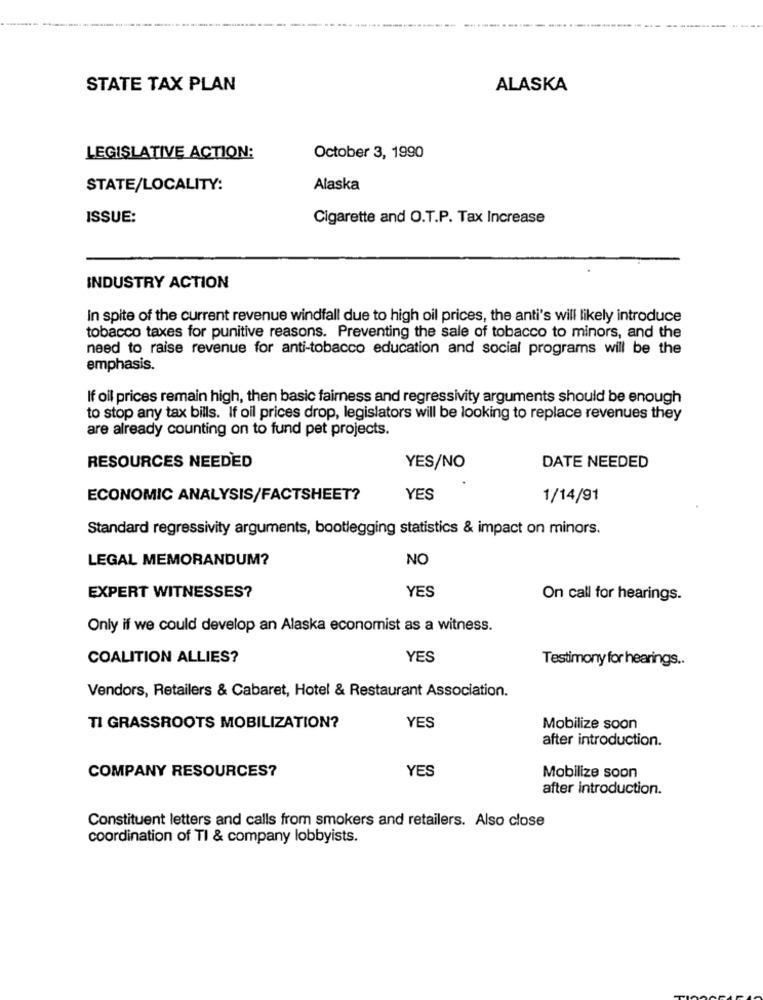
--
--
STATE TAX PLAN
ALASKA
LEGISLATIVE ACTION:
October 3, 1990
STATE/LOCALITY:
Alaska
ISSUE:
Cigarette and O.T.P. Tax Increase
INDUSTRY ACTION
In spite of the current revenue windfall due to high oil prices, the anti's will likely introduce
tobacco taxes for punitive reasons. Preventing the sale of tobacco to minors, and the
need to raise revenue for anti-tobacco education and social programs will be the
emphasis.
If oil prices remain high, then basic fairness and regressivity arguments should be enough
to stop any tax bills. If oil prices drop, legislators will be looking to replace revenues they
are already counting on to fund pet projects.
RESOURCES NEEDED
YES/NO
DATE NEEDED
ECONOMIC ANALYSIS/FACTSHEET?
YES
1/14/91
Standard regressivity arguments, bootlegging statistics & impact on minors.
LEGAL MEMORANDUM?
NO
EXPERT WITNESSES?
YES
On call for hearings.
Only if we could develop an Alaska economist as a witness.
COALITION ALLIES?
YES
Testimony for hearings ..
Vendors, Retailers & Cabaret, Hotel & Restaurant Association.
TI GRASSROOTS MOBILIZATION?
YES
Mobilize soon
after introduction.
COMPANY RESOURCES?
YES
Mobilize soon
after introduction.
Constituent letters and calls from smokers and retailers. Also close
coordination of TI & company lobbyists.